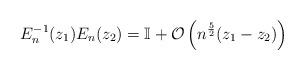
LaTeX: \begin{align*} E_n^{-1}(z_1) E_n(z_2) = \mathbb{I} + \mathcal{O}\left(n^\frac{5}{2}(z_1-z_2)\right) \end{align*}